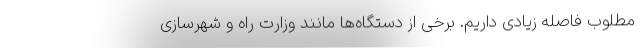
مطلوب فاصله زیادی داریم. برخی از دستگاه‌ها مانند وزارت راه و شهرسازی